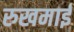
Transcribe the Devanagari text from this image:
रुखमाई